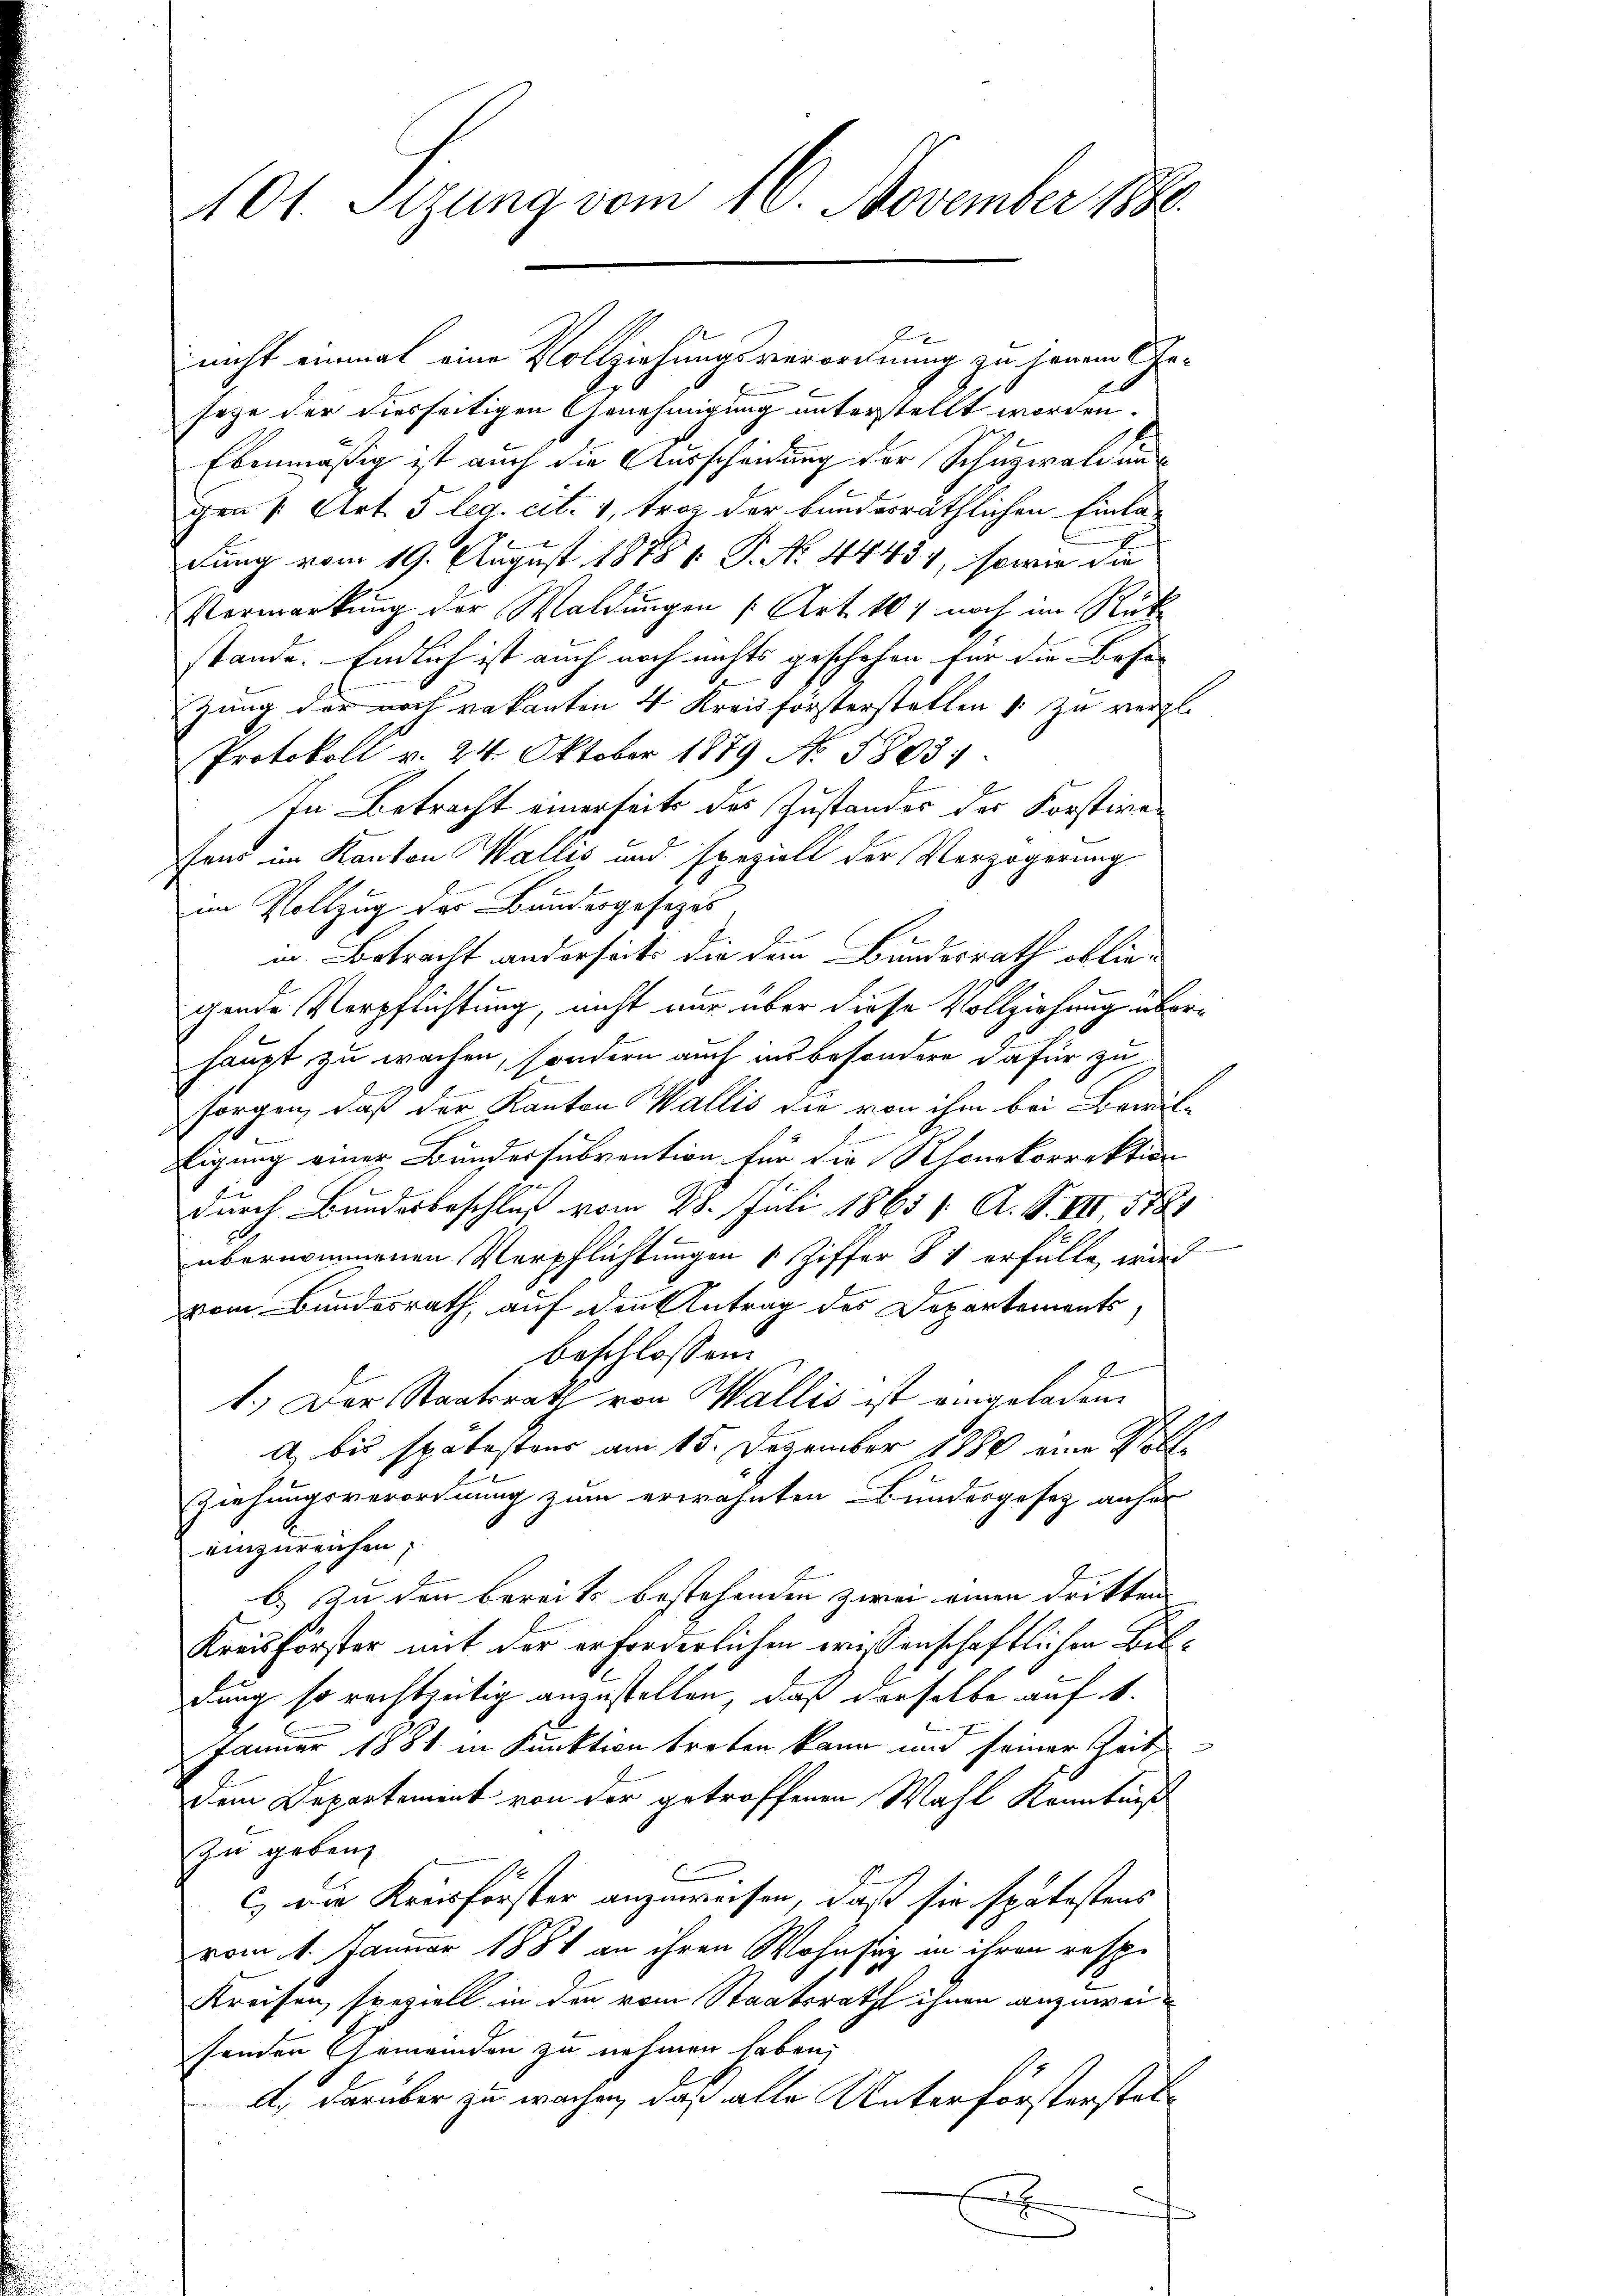
E
nicht einmal eine Vollziehungsverordnung zu jenem Ge-
seye der diesseitigen Genehmigung unterstellt worden.
Ebenmäßig ist auch die Ausscheidung der Schuzwaldung
gen s. Art. 5 leg. cit. 1, troz der bundesräthlichen Einla-
dung vom 19. August 1888 1: P. No. 4443), sowie die
Vermarkung der Waldungen [Art. 107 noch im Rück
stände. Endlich ist auch noch nichts geschehen für die Beso
zung der noch vakanten 4 Kreisforsterstellen & zu vergl.
Protokoll v. 24. Oktober 1879 No 58037.
In Betracht einerseits des Zustandes des Korstiren
ons im Kanton Wallis und speziell der Verzögerung
im Vollzug des Baudergesetzes
in Betracht anderseits die dann Bundesrath obliegende Verpflichtung, nicht nur über diese Vollziehung überhaupt zu wachen, sondern auch ins besondere dafür zu
sorgen, daß der Kanton Wallis die von ihm bei Bewile
Eigung einer Bundessubvention für die Konkorrektion
durch Bundesbeschluß vom 28. Juli 1865 / A. S. VII, 1878
übernommenen Verpflichtungen 1 Ziffer 84 erfülle, wied
vom Bundesrath, auf den Antrag des Departements,
beschlossen:
1.) Der Staatsrath von Wallis ist eingeladen.
A bis spätestens am 15. Dezember 1880 eine Volle
Ziehungsverordnung zum erwähnten Bundesgesetz anher
einzureichen;
b) In den bereits bestehenden zwei einen dritten
Kreisförster mit der erforderlichen wissenschaftlichen Bildung so rechtseitig anzustellen, daß derselbe auf 1.
Jänner 1881 in Funktion treten kann und seiner Zeit
Dem Departement von der getroffenen Wahl Kenntniß
zu geben,
c) die Kreisförster anzuweisen, daß sie spätestens
vom 1. Januar 1884 an ihren Wohnsiz in ihren resp.
Kreisen, speziell in den vom Staatsrath ihnen anzuweisenden Gemeinden zu nehmen haben,
A. darüber zu wachen, daß alle Unterförsterstelx

101. Sizung vom 16. November 1880.